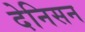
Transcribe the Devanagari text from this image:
देनिसन